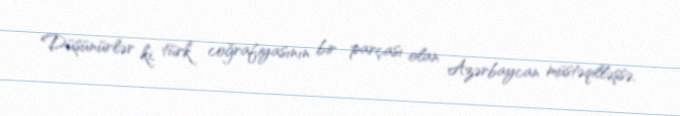
Düşünürlər ki, türk coğrafiyasının bir parçası olan Azərbaycan müstəqilləşsə,